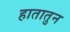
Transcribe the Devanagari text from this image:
हातातुन